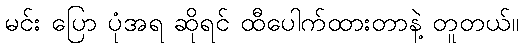
မင်း ပြော ပုံအရ ဆိုရင် ထီပေါက်ထားတာနဲ့ တူတယ်။